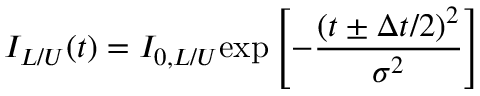
I _ { L / U } ( t ) = I _ { 0 , L / U } \mathrm { e x p } \left[ - \frac { ( t \pm \Delta t / 2 ) ^ { 2 } } { \sigma ^ { 2 } } \right]